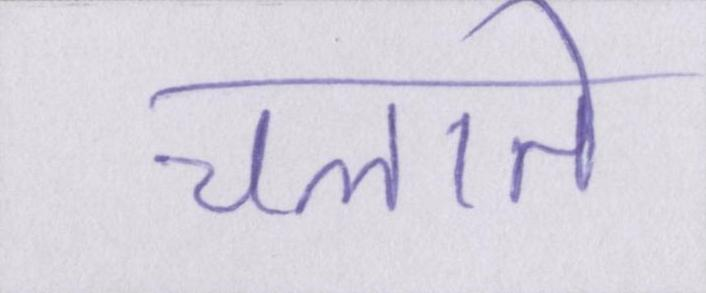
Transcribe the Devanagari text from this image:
चलाते